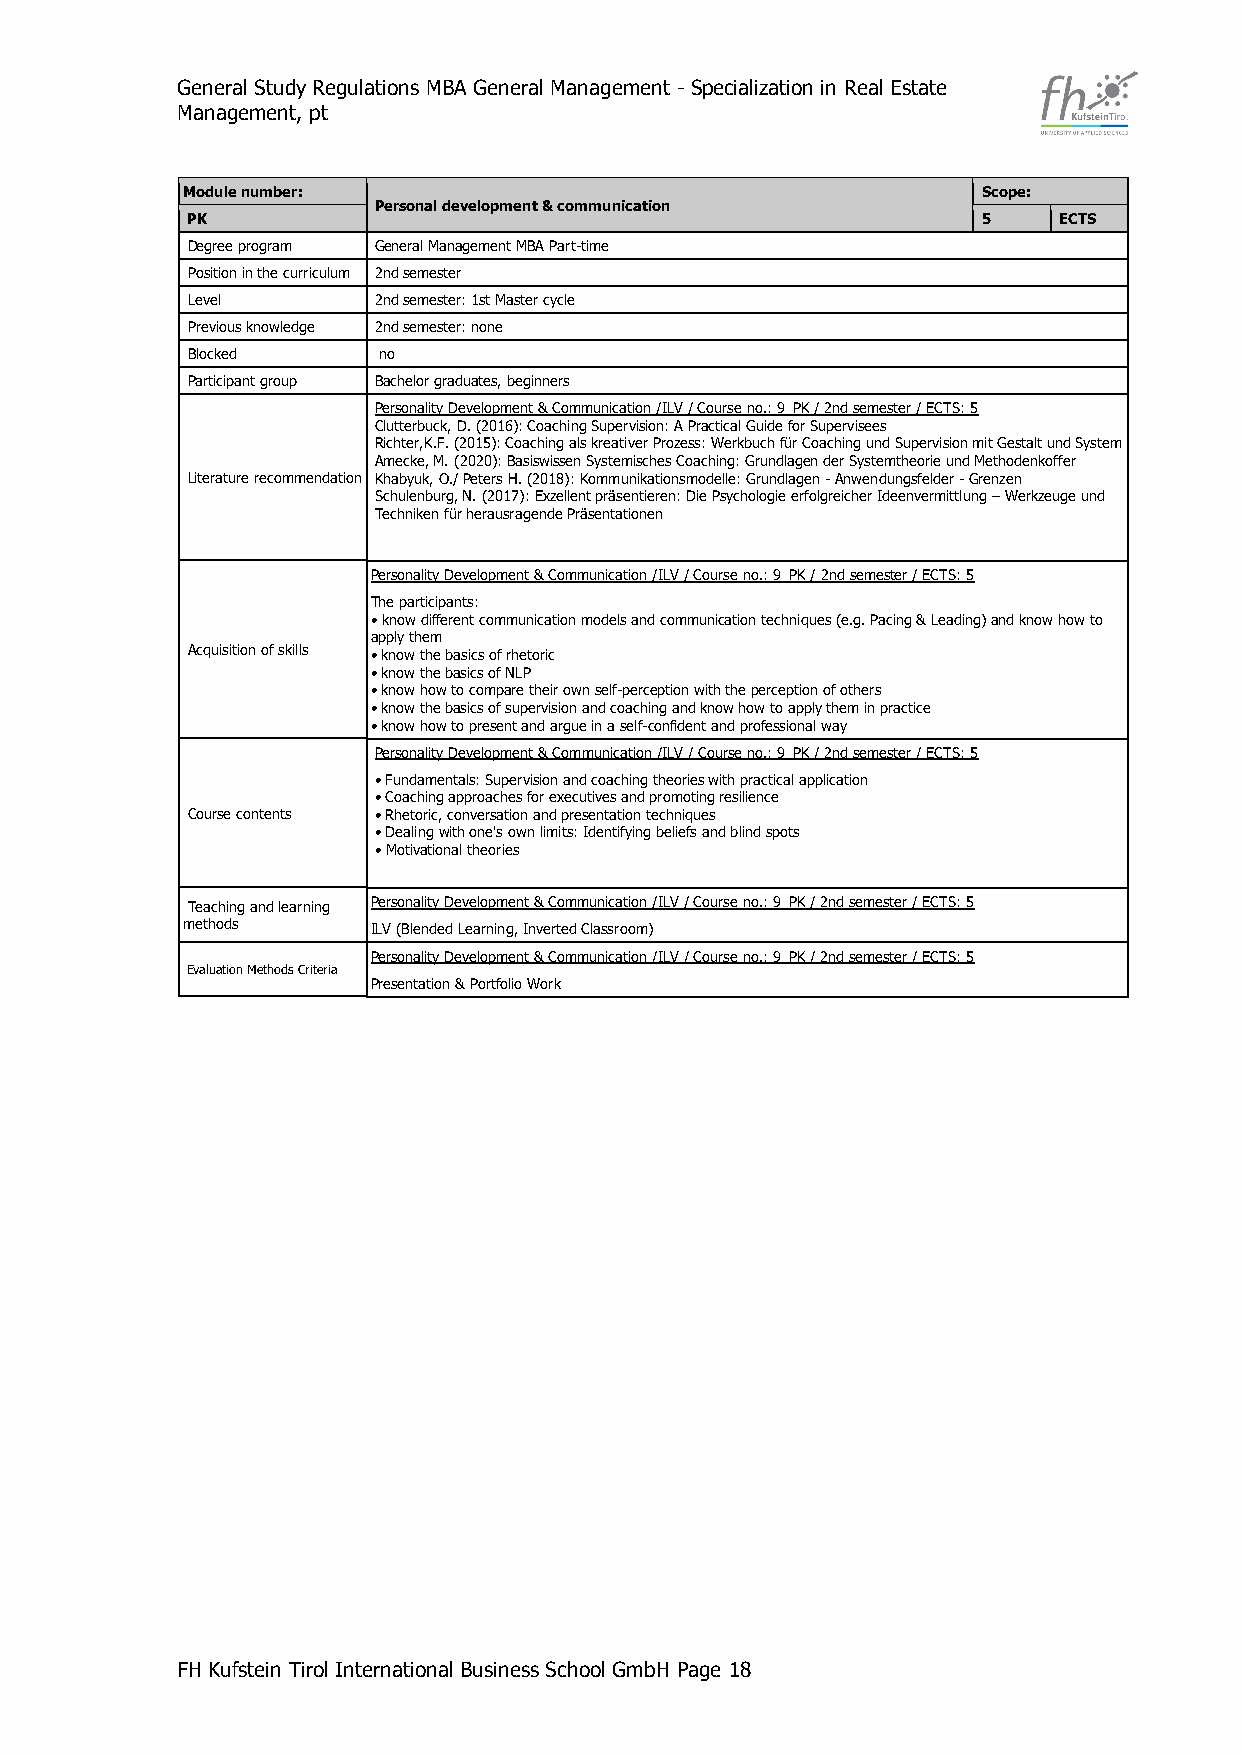
General Study Regulations MBA General Management - Specialization in Real Estate
 Management, pt
 Module number:                                       Scope:
 Personal development & communication
 PK                                                   5    ECTS
 Degree program General Management MBA Part-time
 Position in the curriculum 2nd semester
 Level        2nd semester: 1st Master cycle
 Previous knowledge 2nd semester: none
 Blocked      no
 Participant group Bachelor graduates, beginners
 Personality Development & Communication /ILV / Course no.: 9_PK / 2nd semester / ECTS: 5
 Clutterbuck, D. (2016): Coaching Supervision: A Practical Guide for Supervisees
 Richter,K.F. (2015): Coaching als kreativer Prozess: Werkbuch für Coaching und Supervision mit Gestalt und System
 Amecke, M. (2020): Basiswissen Systemisches Coaching: Grundlagen der Systemtheorie und Methodenkoffer
 Literature recommendation Khabyuk, O./ Peters H. (2018): Kommunikationsmodelle: Grundlagen - Anwendungsfelder - Grenzen
 Schulenburg, N. (2017): Exzellent präsentieren: Die Psychologie erfolgreicher Ideenvermittlung – Werkzeuge und
 Techniken für herausragende Präsentationen
 Personality Development & Communication /ILV / Course no.: 9_PK / 2nd semester / ECTS: 5
 The participants:
 • know different communication models and communication techniques (e.g. Pacing & Leading) and know how to
 apply them
 Acquisition of skills • know the basics of rhetoric
 • know the basics of NLP
 • know how to compare their own self-perception with the perception of others
 • know the basics of supervision and coaching and know how to apply them in practice
 • know how to present and argue in a self-confident and professional way
 Personality Development & Communication /ILV / Course no.: 9_PK / 2nd semester / ECTS: 5
 • Fundamentals: Supervision and coaching theories with practical application
 • Coaching approaches for executives and promoting resilience
 Course contents • Rhetoric, conversation and presentation techniques
 • Dealing with one's own limits: Identifying beliefs and blind spots
 • Motivational theories
 Teaching and learning Personality Development & Communication /ILV / Course no.: 9_PK / 2nd semester / ECTS: 5
 methods      ILV (Blended Learning, Inverted Classroom)
 Personality Development & Communication /ILV / Course no.: 9_PK / 2nd semester / ECTS: 5
 Evaluation Methods Criteria
 Presentation & Portfolio Work
 FH Kufstein Tirol International Business School GmbH Page 18